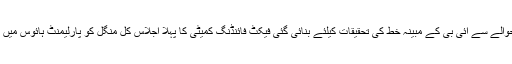
سپیکر قومی اسمبلی ایاز صادق کی جانب سے ارکان قومی اسمبلی کے حوالے سے آئی بی کے مبینہ خط کی تحقیقات کیلئے بنائی گئی فیکٹ فائنڈنگ کمیٹی کا پہلا اجلاس کل منگل کو پارلیمنٹ ہائوس میں ہوگا،اجلاس میں ڈی جی آئی بی آفتاب سلطان کمیٹی کوبریفنگ دیں گئے۔